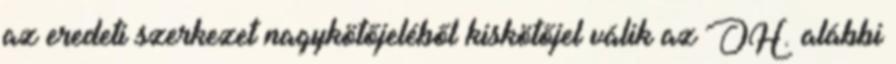
az eredeti szerkezet nagykötőjeléből kiskötőjel válik az OH. alábbi